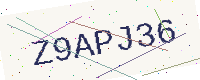
Text: Z9APJ36